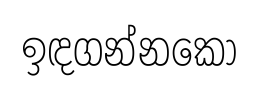
ඉඳගන්නකො